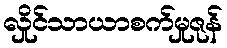
လှိုင်သာယာစက်မှုဇုန်